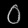
Digit: ၀